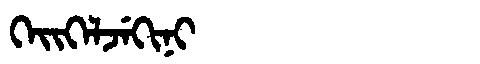
Manchu: ᡴᡝᡳᡴᡝᠯᠵᡝᡴᡳᠨᡳ
Romanization: KEIKELJEKINI